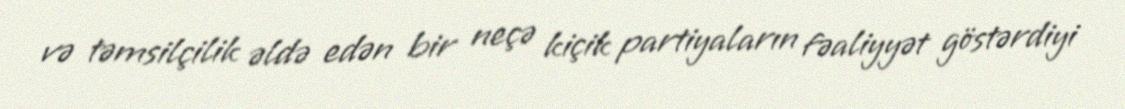
və təmsilçilik əldə edən bir neçə kiçik partiyaların fəaliyyət göstərdiyi